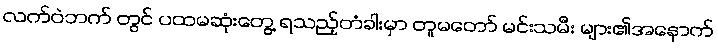
လက်ဝဲဘက် တွင် ပထမဆုံးတွေ့ ရသည့်တံခါးမှာ တူမတော် မင်းသမီး များ၏အနောက်